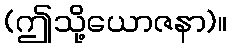
(ဤသို့ယောဇနာ)။